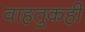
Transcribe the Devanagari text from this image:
वाहतुकही